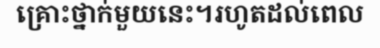
គ្រោះថ្នាក់មួយនេះ។រហូតដល់ពេល